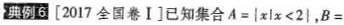
典例6[2017全国卷Ⅰ]已知集合$$ A = | x l x < 2 }，B=